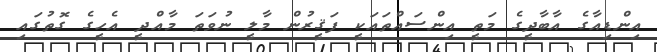
އިންޑިއާގެ އާބާދީގެ މަތީ އިންސައްތައަކީ ފަޤީރުން މާލީ ނުވަތަ މާއްދީ އެހީގެ ގޮތުގައި